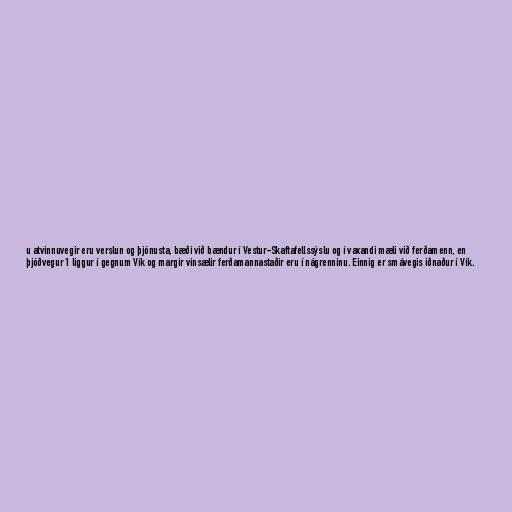
u atvinnuvegir eru verslun og þjónusta, bæði við bændur í Vestur-Skaftafellssýslu og í vaxandi mæli við ferðamenn, en
þjóðvegur 1 liggur í gegnum Vík og margir vinsælir ferðamannastaðir eru í nágrenninu. Einnig er smávegis iðnaður í Vík.